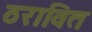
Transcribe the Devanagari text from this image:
ठरावित